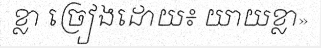
ខ្លា ច្រៀងដោយ៖ យាយខ្លា»